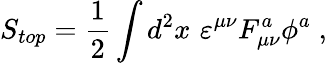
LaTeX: S_{top}=\frac 12\int d^{2}x\, \, \varepsilon^{\mu\nu}F_{\mu\nu}^{a}\phi^{a}\; ,